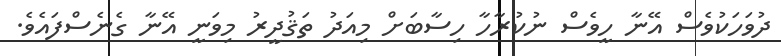
ދުވަހަކުވެސް އޭނާ ހީވެސް ނުކުރާހާ ހިސާބަށް މިއަދު ތަޤުދީރު މިވަނީ އޭނާ ގެނެސްފައެވެ.